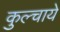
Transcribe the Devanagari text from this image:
कुल्चाये